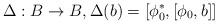
LaTeX: \begin{align*}\Delta:B\to B,\Delta(b)=\left[\phi_0^*,[\phi_0,b]\right]\end{align*}